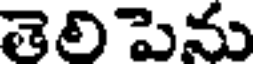
తెలిపెను